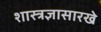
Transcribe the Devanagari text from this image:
शास्त्रज्ञासारखे